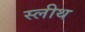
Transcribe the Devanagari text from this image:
स्लीथ